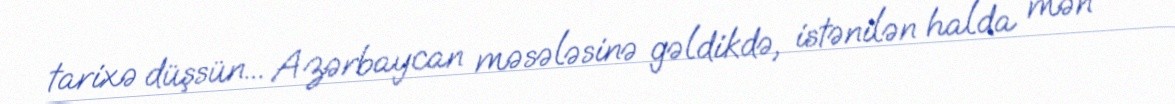
tarixə düşsün... Azərbaycan məsələsinə gəldikdə, istənilən halda mən